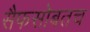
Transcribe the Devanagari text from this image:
सैफसोबतच